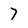
Character: 7